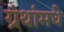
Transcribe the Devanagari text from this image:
ग्रंथांमधे